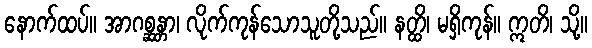
နောက်ထပ်။ အာဂစ္ဆန္တာ၊ လိုက်ကုန်သောသူတို့သည်။ နတ္ထိ၊ မရှိကုန်။ ဣတိ၊ သို့။